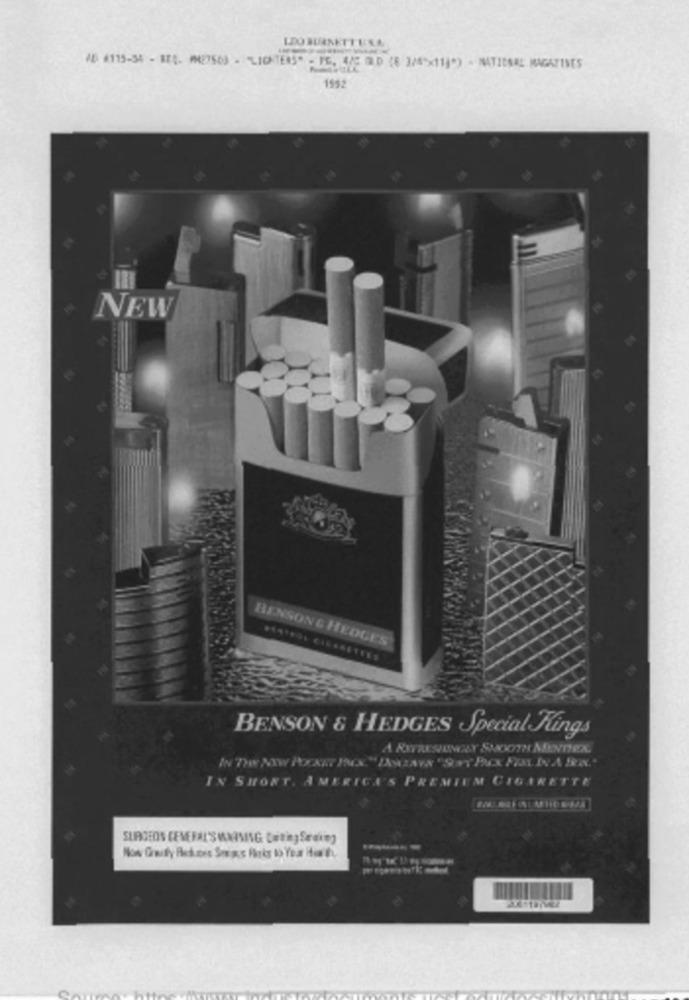
LDO HERSETTESA
48 4115-34 - BES- PM27503 - "LICHTENS" - IG, E/E OLD (8 3/5 ** 11]*) - NATIONAL MAGAZINES
1552
NEW
BENSON & HEDGES
BENSON & HEDGES Special Kings
IN SHORT. AMERICA'S PREMIUM CIGARETTE